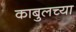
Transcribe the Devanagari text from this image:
काबुलच्या